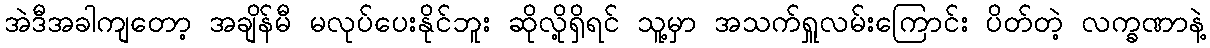
အဲဒီအခါကျတော့ အချိန်မီ မလုပ်ပေးနိုင်ဘူး ဆိုလို့ရှိရင် သူ့မှာ အသက်ရှူလမ်းကြောင်း ပိတ်တဲ့ လက္ခဏာနဲ့